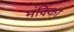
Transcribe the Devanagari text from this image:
मंदिंका